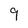
Character: 9